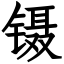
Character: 镊